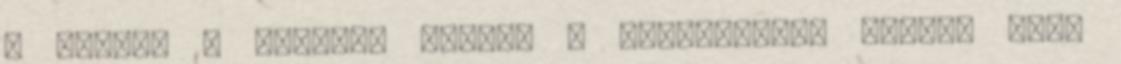
a dolog. A második körben a kedvenceim, vagyis azok